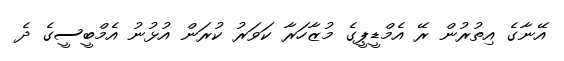
އޭނާގެ އިތުރުން ރޭ އެމްޑީޕީގެ މުޒާހަރާ ކަވަރު ކުރަން އުޅުނު އެމްބީސީގެ ދެ